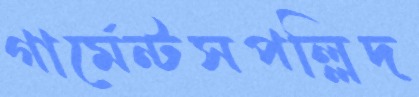
গার্মেন্টসপল্লিদ